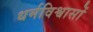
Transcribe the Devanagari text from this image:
धर्मविश्वासों